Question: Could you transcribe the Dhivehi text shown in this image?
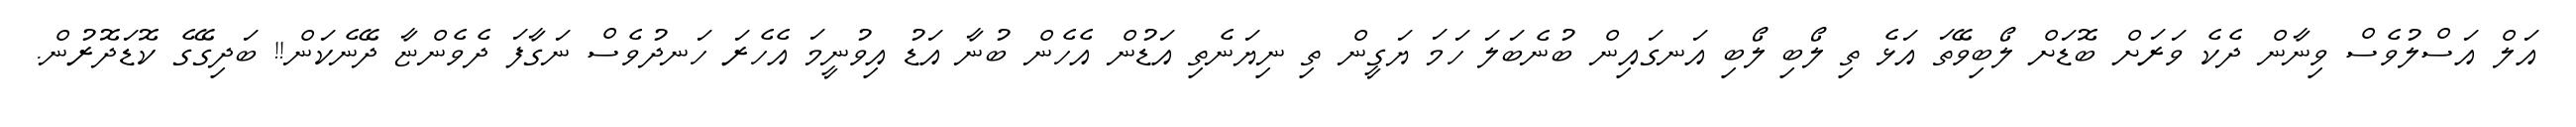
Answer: އަލް އަސްލުވެސް ވިނާން ދެކެ ވަރަށް ބޮޑަށް ލޯބިވޭތަ އަޅެ ތި ލޯބި ލޯބި އަނގައިން ބުނެބަލަ ހަމަ ޔަގީން ތި ނިޔަނެތި އަޑުން އެހެން ބުނާ އަޑު އިވުނީމަ އެހެރަ ހަނދުވެސް ނަގާފަ ދެވެންޏާ ދޭނެކަން!! ބަދިގޭގެ ކޮޑަދޮރުން.